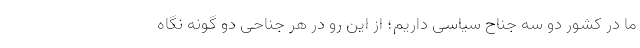
ما در کشور دو سه جناح سیاسی داریم؛ از این رو در هر جناحی دو گونه نگاه